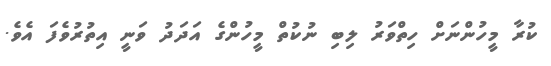
ކުރާ މީހުންނަށް ހިތްވަރު ލިބި ނުކުތް މީހުންގެ އަދަދު ވަނީ އިތުރުވެފަ އެވެ.